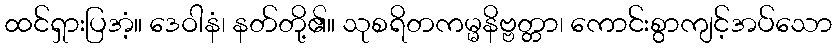
ထင်ရှားပြအံ့။ ဒေဝါနံ၊ နတ်တို့၏။ သုစရိတကမ္မနိဗ္ဗတ္တာ၊ ကောင်းစွာကျင့်အပ်သော